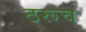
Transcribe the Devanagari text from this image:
ठरूच